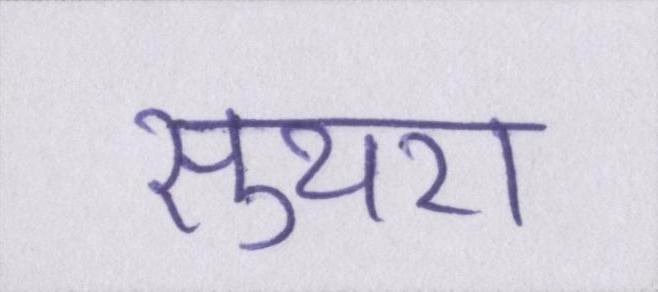
सुथरा